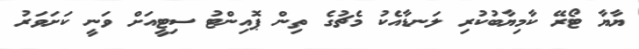
ޔާޔާ ޓޯރޭ ކާމިޔާބުކުރި ލަނޑާއެކު މެޗުގެ ތިން ޕޮއިންޓު ސިޓީއަށް ވަނީ ކަށަވަރު